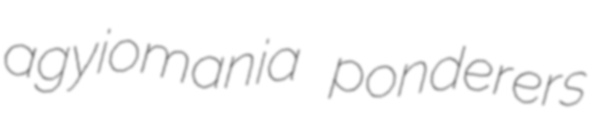
agyiomania ponderers